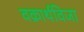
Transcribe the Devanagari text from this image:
वक्रार्थविजा